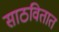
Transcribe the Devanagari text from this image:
साठवितात